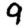
Digit: 9